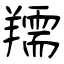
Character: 羺